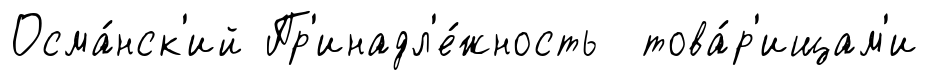
Осма́нск'ий Пр'инадл'е́жность това́р'ищам'и